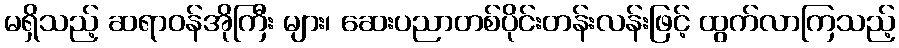
မရှိသည့် ဆရာဝန်အိုကြီး များ၊ ဆေးပညာတစ်ပိုင်းတန်းလန်းဖြင့် ထွက်လာကြသည့်